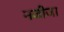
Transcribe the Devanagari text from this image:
नजीजा